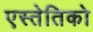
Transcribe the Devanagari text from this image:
एस्तेतिको